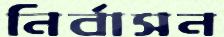
নির্বাসন